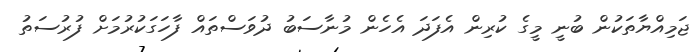
ޖަމިއްޔާތަކުން ބުނީ މީގެ ކުރިން އެފަދަ އެހެން މުނާސަބު ދުވަސްތައް ފާހަގަކުރުމަށް ފުރުސަތު